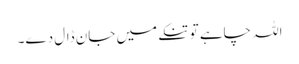
اللہ چاہے تو تنکے میں جان ڈال دے۔